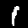
Digit: 1